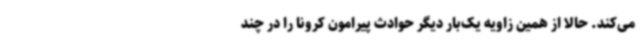
می‌کند. حالا از همین زاویه یک‌بار دیگر حوادث پیرامون کرونا را در چند